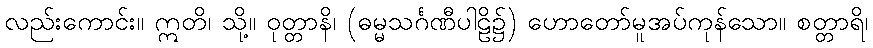
လည်းကောင်း။ ဣတိ၊ သို့။ ဝုတ္တာနိ၊ (ဓမ္မသင်္ဂဏီပါဠိ၌) ဟောတော်မူအပ်ကုန်သော။ စတ္တာရိ၊